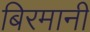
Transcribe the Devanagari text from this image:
बिरमानी